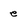
Character: e